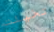
تخيلت